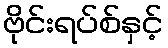
ဗိုင်းရပ်စ်နှင့်